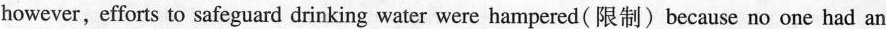
however,efforts to safeguard drinking water were hampered( 限制〉because no one had an